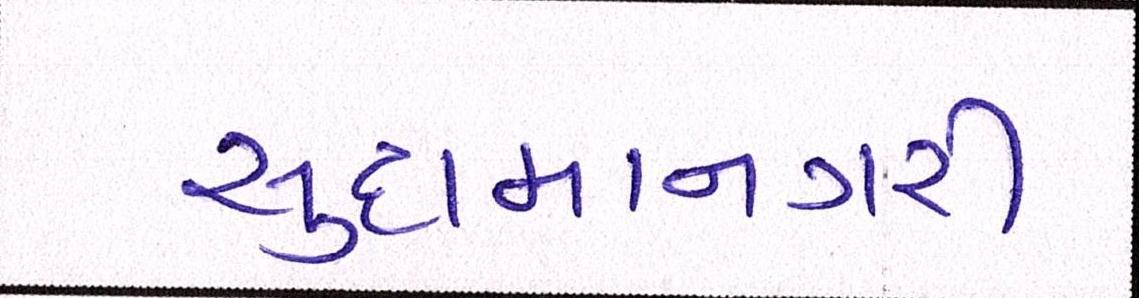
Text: સુદામાનગરી